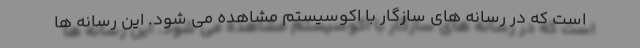
است که در رسانه های سازگار با اکوسیستم مشاهده می شود. این رسانه ها